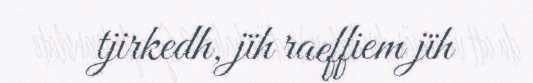
tjirkedh, jïh raeffiem jïh